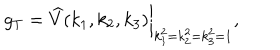
LaTeX: g _ { T } = \widehat { V } ( k _ { 1 } , k _ { 2 } , k _ { 3 } ) \bigg | _ { k _ { 1 } ^ { 2 } = k _ { 2 } ^ { 2 } = k _ { 3 } ^ { 2 } = 1 } ,